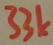
Text: 33k